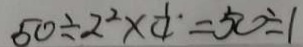
5 0 \div 2 ^ { 2 } \times \frac { 1 } { 4 } = 5 0 \div 1